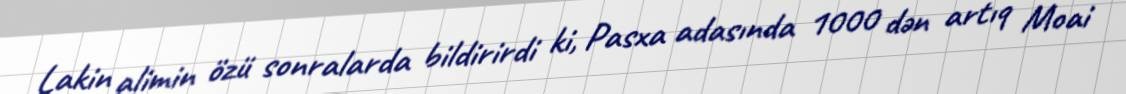
Lakin alimin özü sonralarda bildirirdi ki, Pasxa adasında 1000 dən artıq Moai